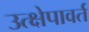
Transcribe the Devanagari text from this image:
उत्क्षेपावर्त